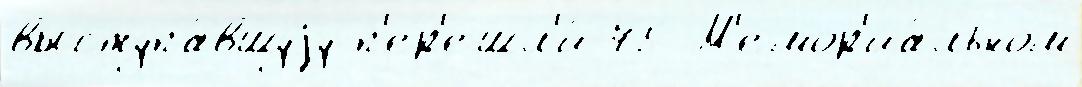
выступа́вшуjу п'ер'ешл'и́ 75 М'емор'иа́льном